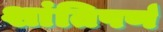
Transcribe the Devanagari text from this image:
शांतिपर्ण